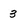
Character: 3